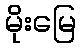
မိုးမြေ